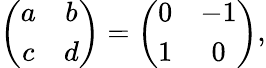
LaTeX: \left(\begin{array}{cc}{{a}}&{{b}}\\ {{c}}&{{d}}\end{array}\right)=\left(\begin{array}{cc}{{0}}&{{-1}}\\ {{1}}&{{0}}\end{array}\right),